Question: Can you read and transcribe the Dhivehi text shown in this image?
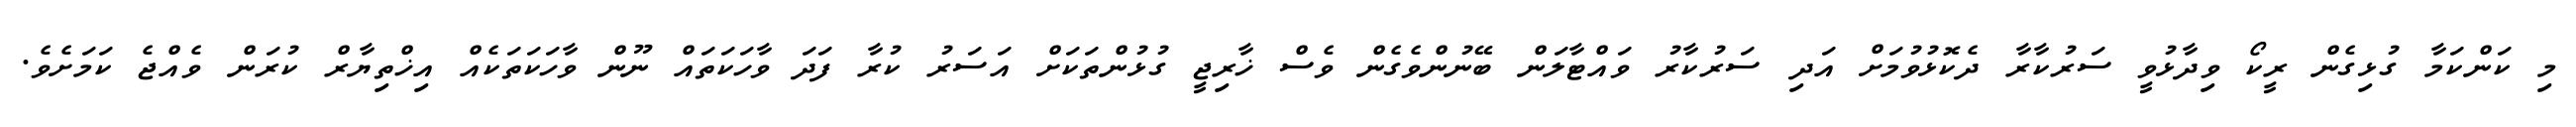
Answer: މި ކަންކަމާ ގުޅިގެން ރީކޯ ވިދާޅުވީ ސަރުކާރާ ދެކޮޅުވުމަށް އަދި ސަރުކާރު ވައްޓާލަން ބޭނުންވެގެން ވެސް ޚާރިޖީ ގުޅުންތަކަށް އަސަރު ކުރާ ފަދަ ވާހަކަތައް ނޫން ވާހަކަތަކެއް އިޚްތިޔާރް ކުރަން ވެއްޖެ ކަމަށެވެ.